画像に写った文字を読んでください
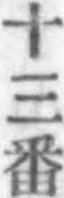
「十三番」と書いてあります